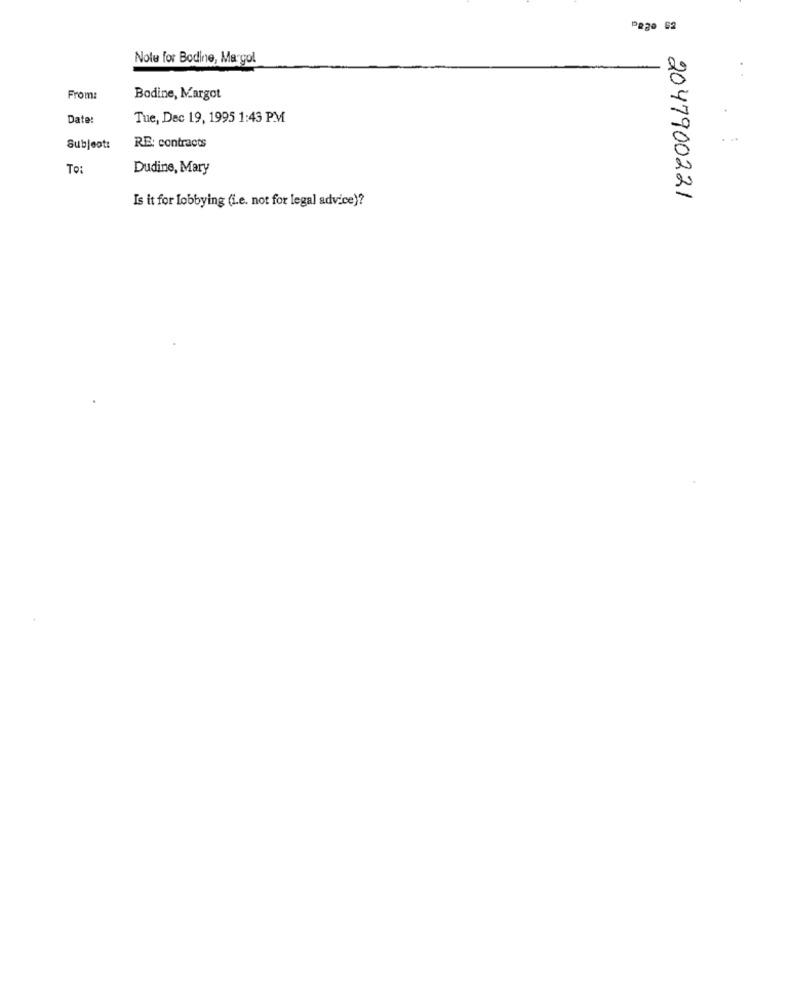
Pago 52
Note for Bodine, Margol
From:
Bodine, Margot
Date:
Tue, Dec 19, 1995 1:43 PM
. ..
Subjeot:
RE: contracts
To:
Dudine, Mary
Is it for Lobbying (i.e. not for legal advice)?
2047900221